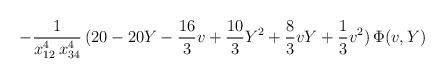
LaTeX: \begin{align*}- \frac{1}{x_{12}^4 \, x_{34}^4} \, (20 - 20 Y-\frac{16}{3} v +\frac{10}{3} Y^2+\frac{8}{3} vY + \frac{1}{3}v^2) \, \Phi(v,Y)\end{align*}